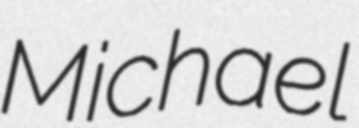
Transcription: Michael